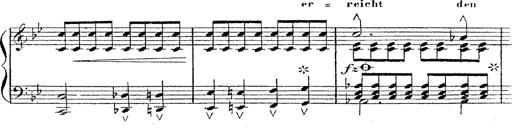
Title: 12 Lieder von Franz Schubert
Composer: Franz Liszt